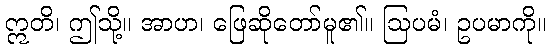
ဣတိ၊ ဤသို့။ အာဟ၊ ဖြေဆိုတော်မူ၏။ ဩပမံ၊ ဥပမာကို။